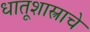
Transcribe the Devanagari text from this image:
धातूशास्त्राचे